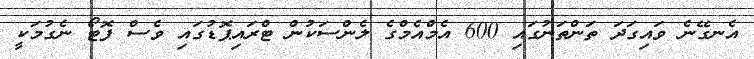
އެނގޭނެ ވައިގަދަ ތަންތަނުގައި 600 އެމްއެމްގެ ލެންސަކުން ޓްރައިޕޮޑުގައި ވެސް ފޮޓޯ ނެގުމަކީ